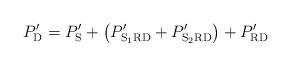
LaTeX: \begin{align*}P'_{\mathrm{D}} = P'_{\mathrm{S}} + \left(P'_{\mathrm{S_{1}RD}}+P'_\mathrm{S_{2}RD}\right) + P'_{\mathrm{RD}}\end{align*}